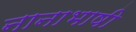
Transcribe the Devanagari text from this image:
नानाभाषी